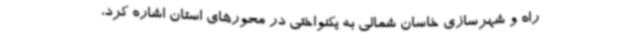
راه و شهرسازی خاسان شمالی به یکنواختی در محورهای استان اشاره کرد،